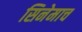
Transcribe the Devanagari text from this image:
सिनेमाच